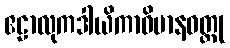
ဧဠာလုကဒါယိကာဝိမာနဝတ္ထု